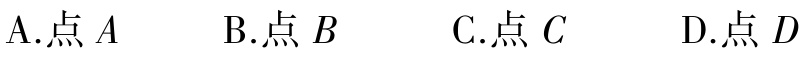
A.点 \(A\)  B.点 \(B\)  C.点 \(C\)  D.点 \(D\)